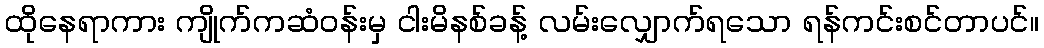
ထိုနေရာကား ကျိုက်ကဆံဝန်းမှ ငါးမိနစ်ခန့် လမ်းလျှောက်ရသော ရန်ကင်းစင်တာပင်။